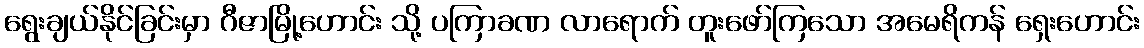
ရွေးချယ်နိုင်ခြင်းမှာ ဂီဇာမြို့ဟောင်း သို့ ပကြာခဏ လာရောက် တူးဖော်ကြသော အမေရိကန် ရှေးဟောင်း